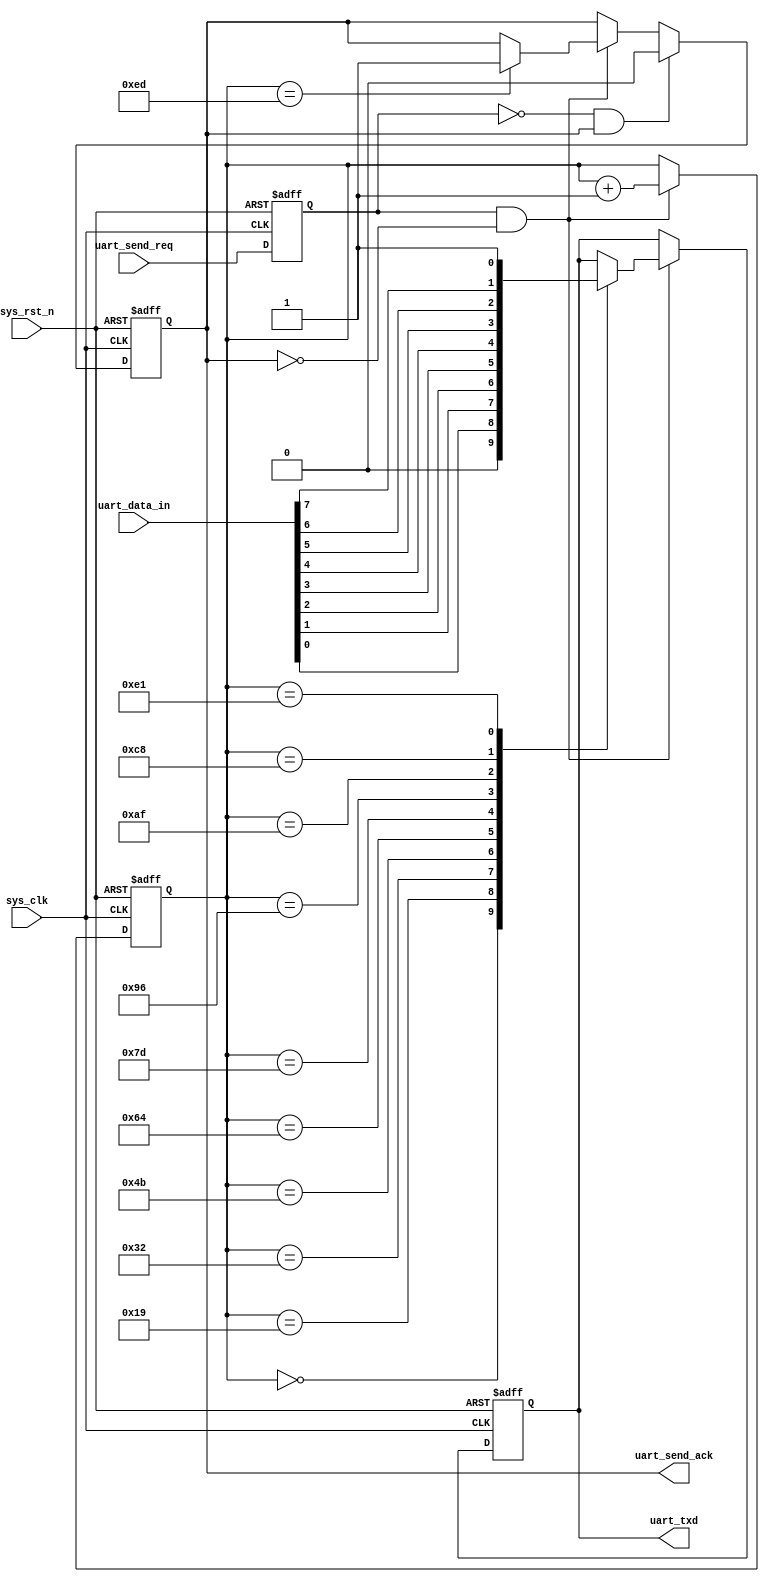
module uart_send_hs(
    input sys_clk,
    input sys_rst_n,
    
    output  reg uart_txd,//UART

    input       uart_send_req,//
    output reg  uart_send_ack,
    input [7:0] uart_data_in//
  );

//parameter define
localparam BPS_CNT  = 25; //2000000 bps  50000000/2000000
localparam BPS_CNT_HALF  = 12;        //2000000 bps  50000000/2000000

reg uart_send_req_buff;
reg [7:0] clk_cnt;//

//uart
always @(posedge sys_clk or negedge sys_rst_n) begin
  if (!sys_rst_n) begin
    clk_cnt <= 0;
    uart_send_req_buff <= 0;
    uart_txd <= 1'b1;
		uart_send_ack <= 0;
  end else begin
    uart_send_req_buff <= uart_send_req;

    if(uart_send_req_buff && !uart_send_ack) begin //
      clk_cnt <= clk_cnt + 1'b1;
      case(clk_cnt)
        (0 * BPS_CNT               ): uart_txd <= 1'b0; // 
        (1 * BPS_CNT               ): uart_txd <= uart_data_in[0]; //
        (2 * BPS_CNT               ): uart_txd <= uart_data_in[1];
        (3 * BPS_CNT               ): uart_txd <= uart_data_in[2];
        (4 * BPS_CNT               ): uart_txd <= uart_data_in[3];
        (5 * BPS_CNT               ): uart_txd <= uart_data_in[4];
        (6 * BPS_CNT               ): uart_txd <= uart_data_in[5];
        (7 * BPS_CNT               ): uart_txd <= uart_data_in[6];
        (8 * BPS_CNT               ): uart_txd <= uart_data_in[7]; //
        (9 * BPS_CNT               ): uart_txd <= 1'b1; //
				(9 * BPS_CNT + BPS_CNT_HALF): uart_send_ack <= 1;
        default: ;
      endcase
    end
		
		if(!uart_send_req_buff && uart_send_ack) begin
		  uart_send_ack <= 0;
		end
  end
end

endmodule